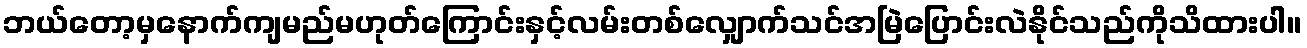
ဘယ်တော့မှနောက်ကျမည်မဟုတ်ကြောင်းနှင့်လမ်းတစ်လျှောက်သင်အမြဲပြောင်းလဲနိုင်သည်ကိုသိထားပါ။